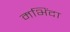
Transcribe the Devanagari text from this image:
मभिंदा